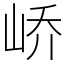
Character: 峤